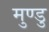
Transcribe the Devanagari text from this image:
मुण्डु